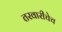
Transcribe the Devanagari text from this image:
तरवारीचेच